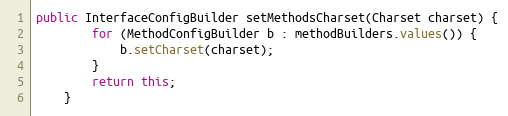
Language: Java
public InterfaceConfigBuilder setMethodsCharset(Charset charset) {
        for (MethodConfigBuilder b : methodBuilders.values()) {
            b.setCharset(charset);
        }
        return this;
    }